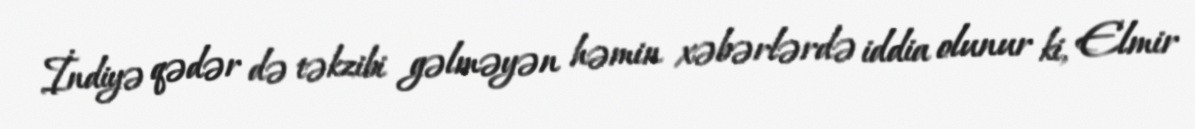
İndiyə qədər də təkzibi gəlməyən həmin xəbərlərdə iddia olunur ki, Elmir